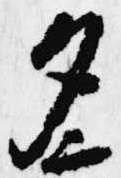
夕